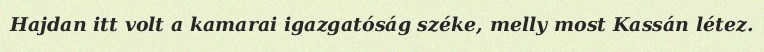
Hajdan itt volt a kamarai igazgatóság széke, melly most Kassán létez.